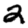
Digit: 2